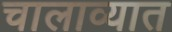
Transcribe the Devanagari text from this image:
चालाव्यात